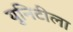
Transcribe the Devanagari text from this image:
युनिटीला